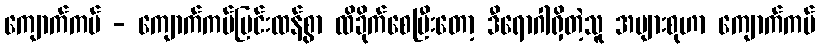
ကျောက်ကပ် - ကျောက်ကပ်ပြင်းထန်စွာ ထိခိုက်စေပြီးတော့ ဒီရောဂါရှိတဲ့သူ အများစုဟာ ကျောက်ကပ်